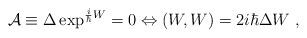
LaTeX: \begin{align*}{\cal A}\equiv \Delta \exp^{\frac{i}{\hbar}W}=0 \Leftrightarrow(W,W)=2i\hbar \Delta W\ , \end{align*}